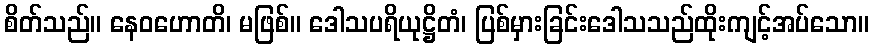
စိတ်သည်။ နေဝဟောတိ၊ မဖြစ်။ ဒေါသပရိယုဋ္ဌိတံ၊ ပြစ်မှားခြင်းဒေါသသည်ထိုးကျင့်အပ်သော။